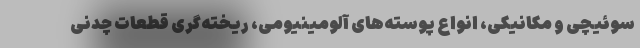
سوئیچی و مکانیکی، انواع پوسته‌های آلومینیومی، ریخته‌گری قطعات چدنی